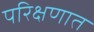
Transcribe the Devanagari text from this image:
परिक्षणात